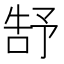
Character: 𮰕